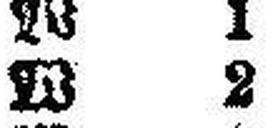
W 2